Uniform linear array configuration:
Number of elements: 8
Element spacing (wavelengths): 0.25
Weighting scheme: cosine
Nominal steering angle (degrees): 60
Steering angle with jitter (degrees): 59.936
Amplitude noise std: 0.05
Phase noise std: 0.05

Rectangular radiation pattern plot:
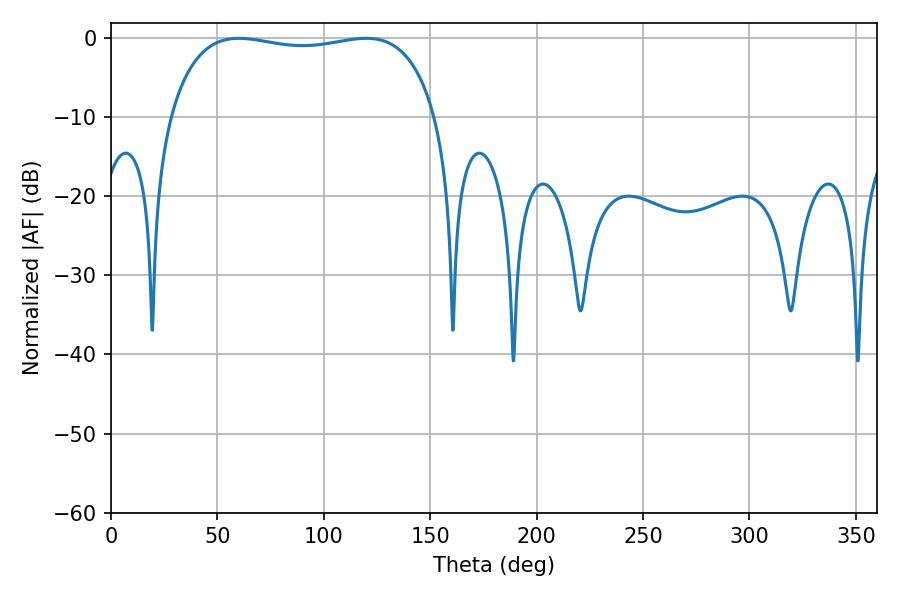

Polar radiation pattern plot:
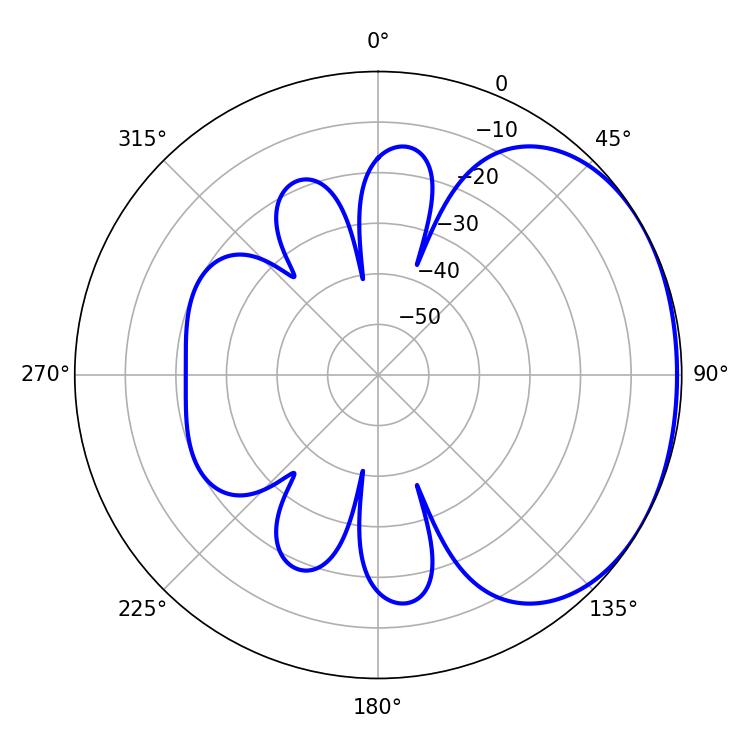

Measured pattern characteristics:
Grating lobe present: FALSE
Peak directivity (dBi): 1.511
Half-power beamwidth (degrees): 101.52
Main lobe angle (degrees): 60.12